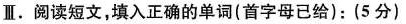
Ⅱ.阅读短文,填入正确的单词(首字母已给):(5 分)